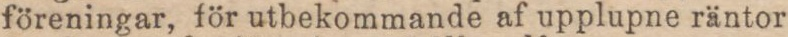
föreningar, för utbekommande af upplupne räntor